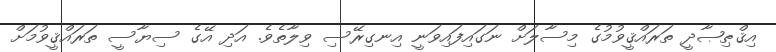
އިޤްޠިޞާދީ ތަރައްޤީވުމުގެ މިސާލަށް ނަގައިފައިވަނީ އިނގިރޭސި ވިލާތެވެ. އަދި އޭގެ ސިޔާސީ ތަރައްޤީވުމަށް